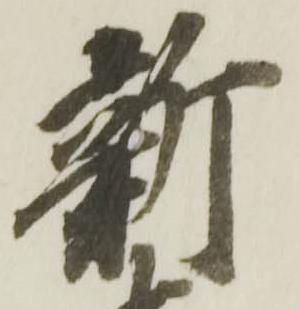
新